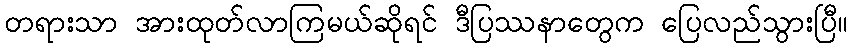
တရားသာ အားထုတ်လာကြမယ်ဆိုရင် ဒီပြဿနာတွေက ပြေလည်သွားပြီ။